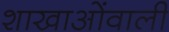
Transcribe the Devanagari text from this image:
शाखाओंवाली